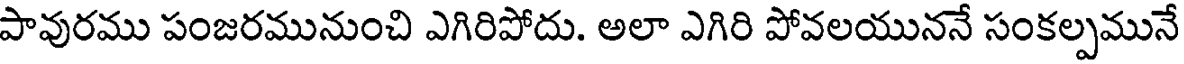
పావురము పంజరమునుంచి ఎగిరిపోదు. అలా ఎగిరి పోవలయుననే సంకల్పమునే